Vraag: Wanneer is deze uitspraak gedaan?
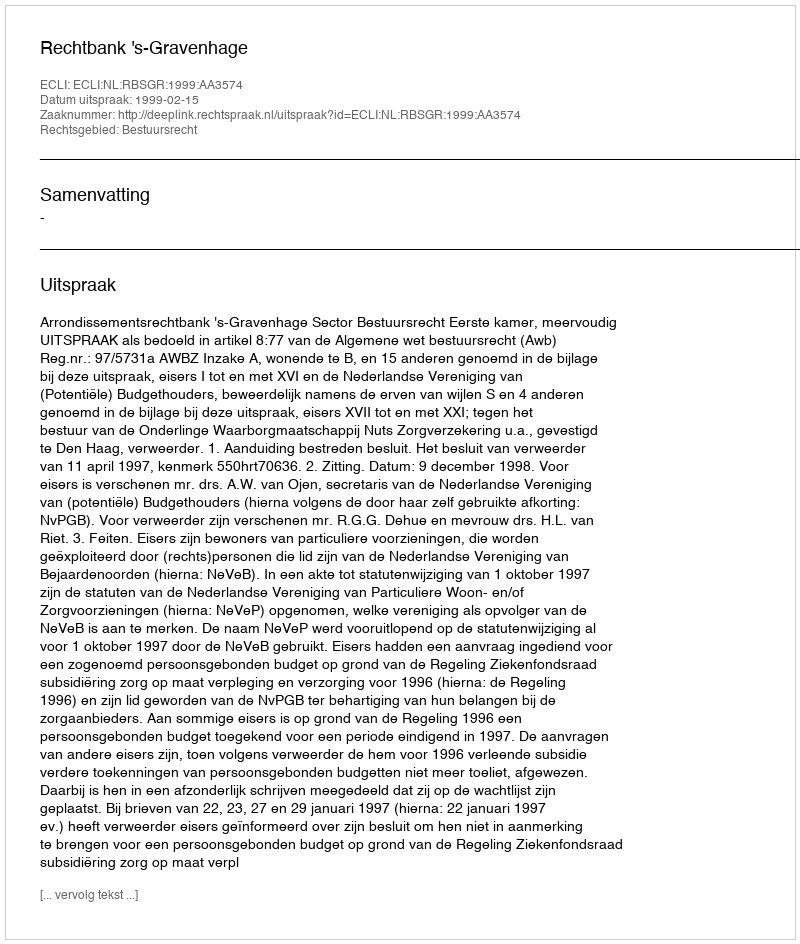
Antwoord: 1999-02-15